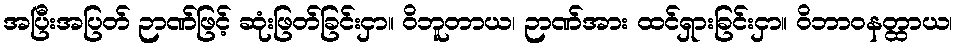
အပြီးအပြတ် ဉာဏ်ဖြင့် ဆုံးဖြတ်ခြင်းငှာ။ ဝိဘူတာယ၊ ဉာဏ်အား ထင်ရှားခြင်းငှာ။ ဝိဘာဝနတ္ထာယ၊